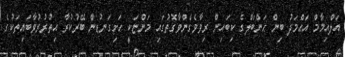
އަލްއިމާމް އަޙްމަދު ބިން ޙަންބަލްގެ ކިބައިން ރިވާވެގެންވާގޮތުގައި މަންޏަކީ ހަށިގަނޑުން ބޭރުކުރާ އިތުރުރުވާބައިތަކުގެ